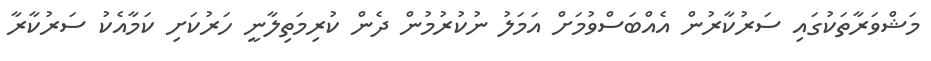
މަޝްވަރާތަކުގައި ސަރުކާރުން އެއްބަސްވުމަށް އަމަލު ނުކުރުމުން ދެން ކުރިމަތިލާނީ ހަރުކަށި ކަމާއެކު ސަރުކާރާ